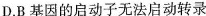
D.B基因的启动子无法启动转录